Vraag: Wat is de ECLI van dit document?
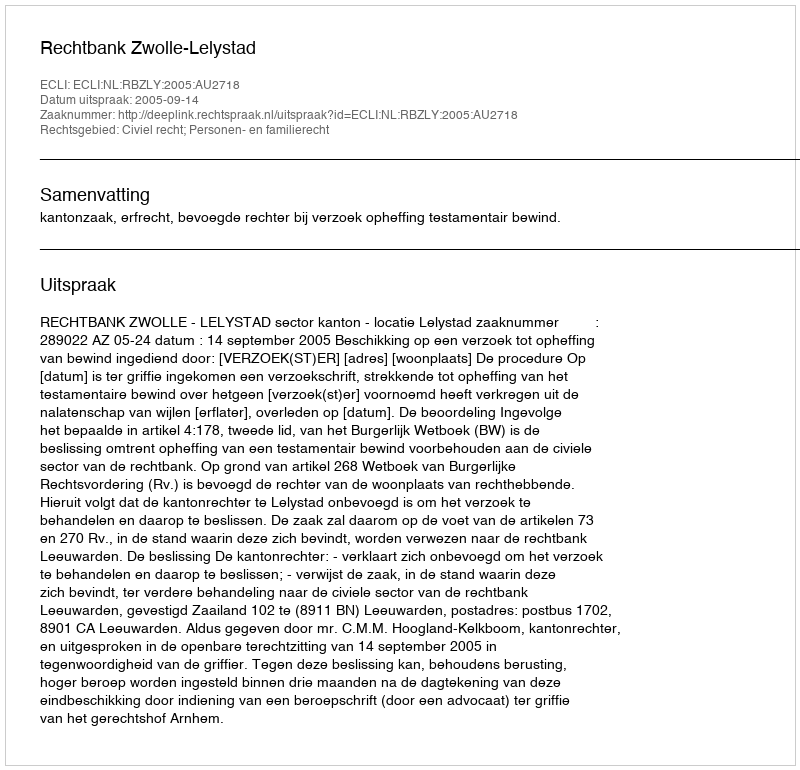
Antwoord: ECLI:NL:RBZLY:2005:AU2718